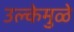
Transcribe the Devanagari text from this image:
उल्केमुळे